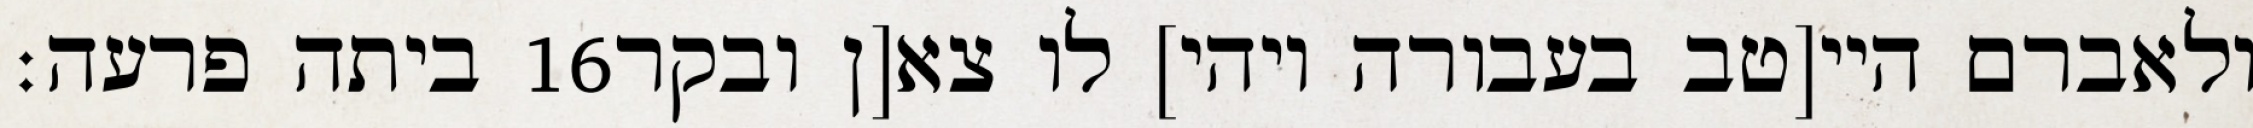
ביתה פרעה׃ ‎16‏ ולאברם היי[טב בעבורה ויהי] לו צא[ן ובקר